Scottish Certificate of Education, 1962
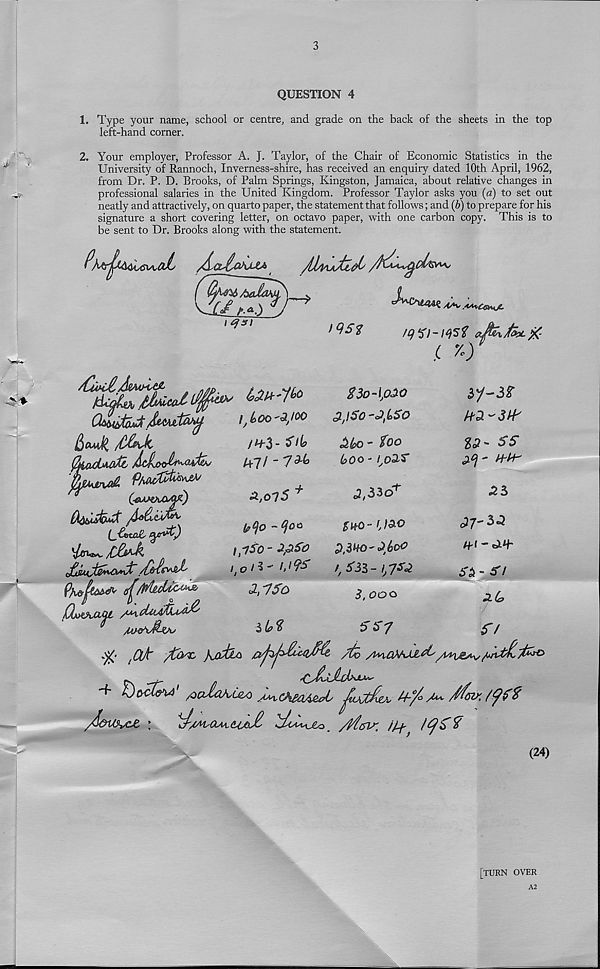
3
:j j ^
QUESTION 4
1. Type your name, school or centre, and grade on the back of the sheets in the top
left-hand corner.
2. Your employer, Professor A. J. Taylor, of the Chair of Economic Statistics in the
University of Rannoch, Inverness-shire, has received an enquiry dated 10th April, 1962,
from Dr. P. D. Brooks, of Palm Springs, Kingston, Jamaica, about relative changes in
professional salaries in the United Kingdom. Professor Taylor asks you (a) to set out
neatly and attractively, on quarto paper, the statement that follows; and (b) to prepare for his
signature a short covering letter, on octavo paper, with one carbon copy. This is to
be sent to Dr. Brooks along with the statement.
fef A<& )
A'*'
i qs)
)9Sf
cAvC^44£
L
I ; koodoo
C&AMAXUOZ)
OjrtfvCLQl
/H-$- $l(a
A-?/ -7^
^,ol5 +
- qoc
2,150
$3o-\p20
piSO-J^SO
£U) - foo
600 - (,£>2^
JfSZo*'
SHQ- V&O
2,1*0-2 b®°
f, 551-1,7*2
5, ooo
5 57
%3i- $S
27-52
tti-O-th
52 - 5/
2.(0
5/
3 .M'^cAsci/ie&L' JtuCfcrvzA,
\Xs
Ai&is. L
(24)
[turn over
A2